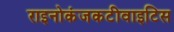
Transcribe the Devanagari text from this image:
राइनोकंजकटीवाइटिस